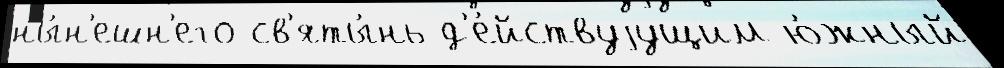
ны́н'ешн'его св'яты́нь д'е́йствуjущим ю́жный